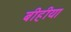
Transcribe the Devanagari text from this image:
बीहीया